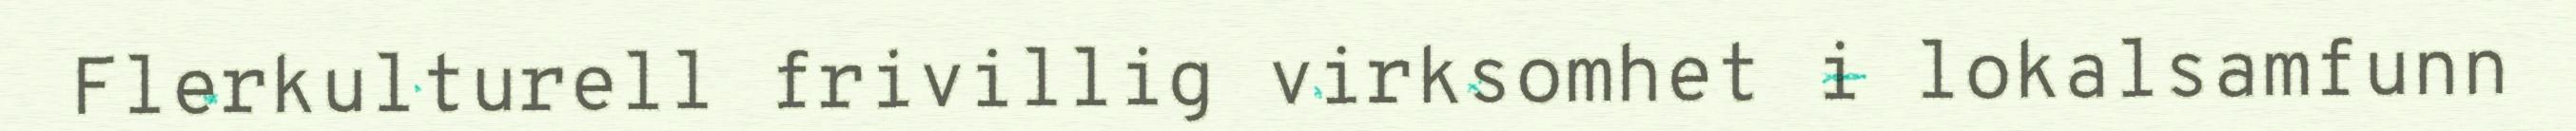
Flerkulturell frivillig virksomhet i lokalsamfunn